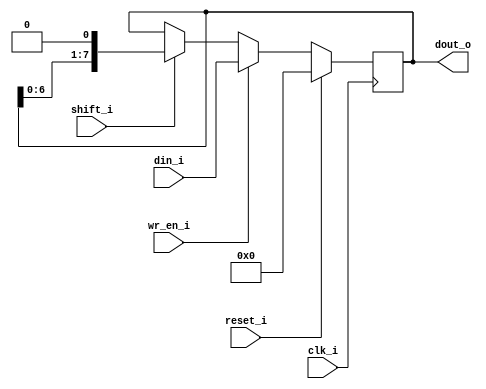
// Shift register
// Description: intended to make a shift register with a lot of modular
// functionality and paramaterization to make this functionality possible
//
// TODO: first get a basic shift register made.
//       Then make a different shift signal for each possible switch, but
//       think about maybe using a parameter based shift register 
//       Lots of options to choose from
//       parameter ideas:
//       - width
//       - shift amount
//       - idk


module shift_reg
#(
    parameter SIZE = 8,
    parameter SHIFT_LEFT = 1,
    parameter SHIFT_RIGHT = 0,
    parameter SHIFT_LOGICAL = 1,
    parameter SHIFT_ARITHMETIC = 0,
    parameter SHIFT_AMOUNT = 1
)
(

    input [SIZE - 1 : 0] din_i,
    input shift_i,          // 1: shift     0: no shift
    input clk_i,
    input wr_en_i,          // 1: write     0: no write
    input reset_i,          // 1: reset     0: no reset

    output reg [SIZE - 1 : 0] dout_o

);

// reg [7 : 0] data_reg;       // register that holds the data while shifting

always @(posedge clk_i)
begin
    if(reset_i)
    begin
//        data_reg <- 0;
        dout_o <= 0;
    end
    else
    begin
        if(wr_en_i)
        begin
           dout_o <= din_i; 
        end
        else
        begin
            if(shift_i)
            begin
                if(SHIFT_LEFT && (SHIFT_LOGICAL | SHIFT_ARITHMETIC))
                begin
                    dout_o <= {dout_o[SIZE - 1 - SHIFT_AMOUNT : 0], {SHIFT_AMOUNT{1'b0}}};
                end
                else if(SHIFT_RIGHT && SHIFT_LOGICAL)
                begin
                    dout_o <= {{SHIFT_AMOUNT{1'b0}}, dout_o[SIZE - 1 : SHIFT_AMOUNT]};
                end
                else if(SHIFT_RIGHT && SHIFT_ARITHMETIC)
                begin
                    dout_o <= {{SHIFT_AMOUNT{dout_o[SIZE - 1]}}, dout_o[SIZE - 1 : SHIFT_AMOUNT]};
                end
                else dout_o <= dout_o;
            end
        end
    end
end




endmodule